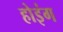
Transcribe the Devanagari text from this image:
होइंग